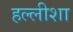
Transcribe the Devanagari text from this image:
हल्लीशा